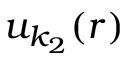
u _ { k _ { 2 } } ( r )